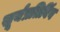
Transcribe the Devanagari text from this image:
सूर्यप्रतिबिंब